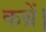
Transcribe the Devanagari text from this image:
कब्रें।